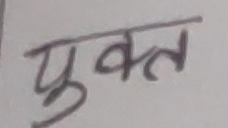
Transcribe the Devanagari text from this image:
युक्त